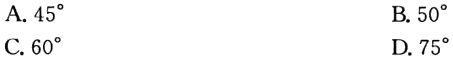
A. \(45^{\circ}\)
B. \(50^{\circ}\)
C. \(60^{\circ}\)
D. \(75^{\circ}\)